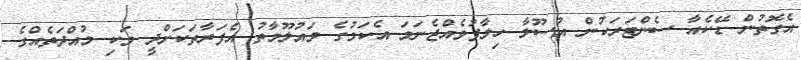
އެގޮތުން ޑޭކެއާ ސެންޓަރަކުން އުސޫލާ ހިލާފުވެއްޖެނަމަ އެކަމުގެ މައުލޫމާތު އެފަރާތަކަށްދީ ވަކި މުއްދަތެއްގެ